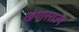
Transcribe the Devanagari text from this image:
खंगारराज्य